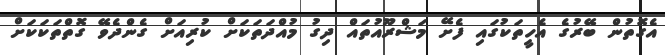
އެގޮތުން ބޭރުގެ އެހީތަކުގައި ފެށޭ މަޝްރޫއުތައް ދިގު މުއްދަތަކަށް ކުރިއަށް ގެންދެވޭ ގޮތްތަކަކަށް